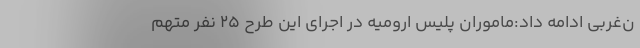
ن‌غربی ادامه داد:ماموران پلیس ارومیه در اجرای این طرح ۲۵ نفر متهم